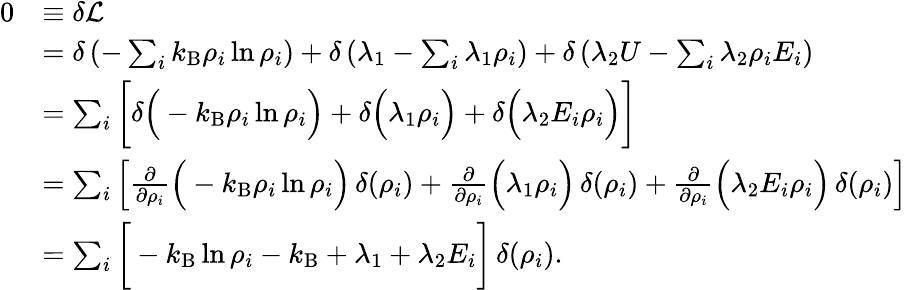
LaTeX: {\begin{array}{rl}{0}&{\equiv\delta{\mathcal{L}}}\\ &{=\delta\left(-\sum_{i}k_{\mathrm{B}}\rho_{i}\ln\rho_{i}\right)+\delta\left(\lambda_{1}-\sum_{i}\lambda_{1}\rho_{i}\right)+\delta\left(\lambda_{2}U-\sum_{i}\lambda_{2}\rho_{i}E_{i}\right)}\\ &{=\sum_{i}{\bigg[}\delta{\Big(}-k_{\mathrm{B}}\rho_{i}\ln\rho_{i}{\Big)}+\delta{\Big(}\lambda_{1}\rho_{i}{\Big)}+\delta{\Big(}\lambda_{2}E_{i}\rho_{i}{\Big)}{\bigg]}}\\ &{=\sum_{i}\left[{\frac{\partial}{\partial\rho_{i}}}{\Big(}-k_{\mathrm{B}}\rho_{i}\ln\rho_{i}{\Big)}\, \delta(\rho_{i})+{\frac{\partial}{\partial\rho_{i}}}{\Big(}\lambda_{1}\rho_{i}{\Big)}\, \delta(\rho_{i})+{\frac{\partial}{\partial\rho_{i}}}{\Big(}\lambda_{2}E_{i}\rho_{i}{\Big)}\, \delta(\rho_{i})\right]}\\ &{=\sum_{i}{\bigg[}-k_{\mathrm{B}}\ln\rho_{i}-k_{\mathrm{B}}+\lambda_{1}+\lambda_{2}E_{i}{\bigg]}\, \delta(\rho_{i}).}\end{array}}